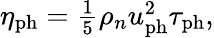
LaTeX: \begin{array}{r}{\eta_{\mathrm{ph}}=\frac{1}{5}\rho_{n}u_{\mathrm{ph}}^{2}\tau_{\mathrm{ph}},}\end{array}